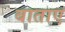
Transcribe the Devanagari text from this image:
बाताए